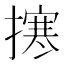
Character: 㩃